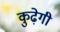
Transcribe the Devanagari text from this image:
कुढ़ेगी